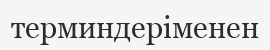
терминдеріменен